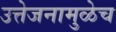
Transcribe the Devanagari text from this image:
उत्तेजनामुळेच